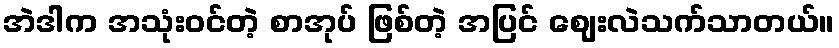
အဲဒါက အသုံးဝင်တဲ့ စာအုပ် ဖြစ်တဲ့ အပြင် ဈေးလဲသက်သာတယ်။